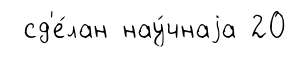
сд'е́лан нау́чнаjа 20